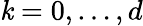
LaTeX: \mathit{k}=0,\dots,d